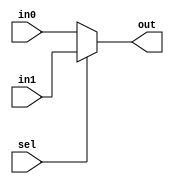
module mux2_1_6in(in0,in1,sel,out);
input [4:0] in1,in0;
input sel;
output [4:0] out;

assign out=(sel==1)?in1:in0;

endmodule